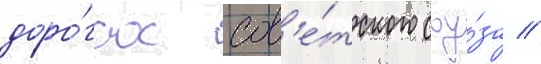
доро́гах сов'е́тского соу́за //